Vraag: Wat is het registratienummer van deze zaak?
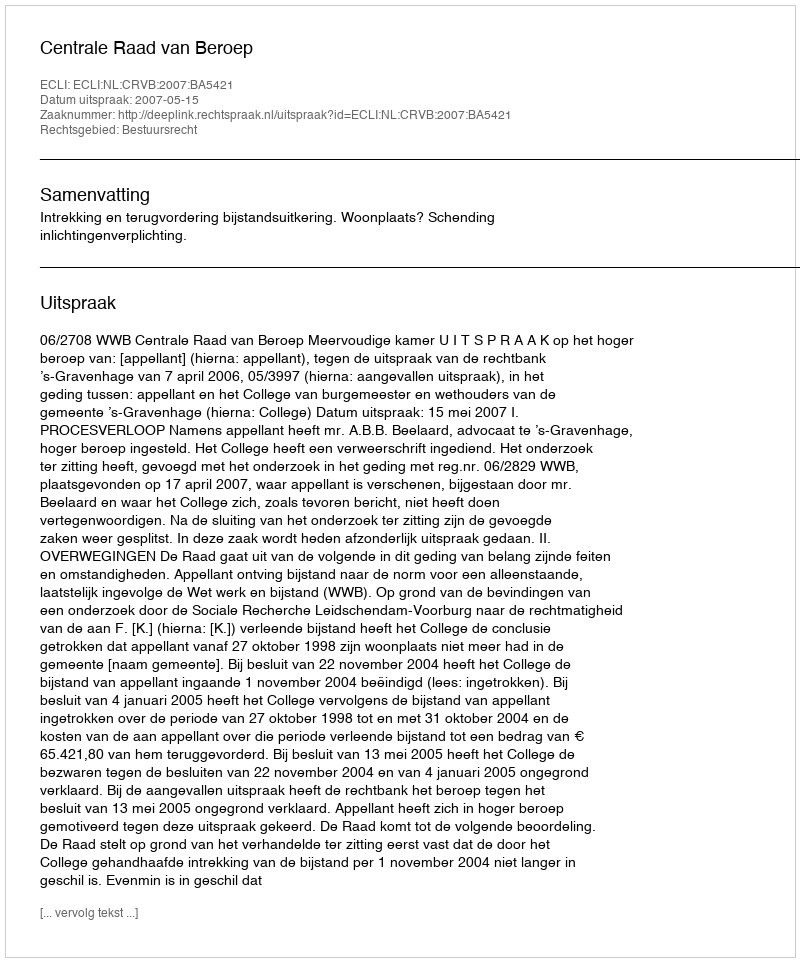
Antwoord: http://deeplink.rechtspraak.nl/uitspraak?id=ECLI:NL:CRVB:2007:BA5421